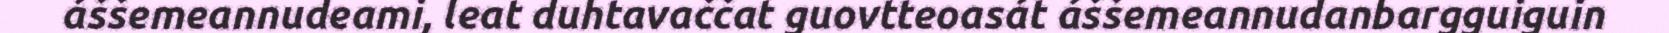
áššemeannudeami, leat duhtavaččat guovtteoasát áššemeannudanbargguiguin